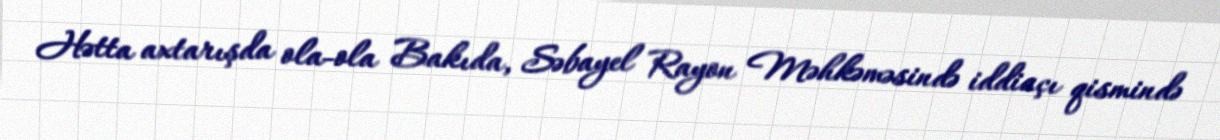
Hətta axtarışda ola-ola Bakıda, Səbayel Rayon Məhkəməsində iddiaçı qismində